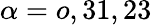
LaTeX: \alpha=o,31,23